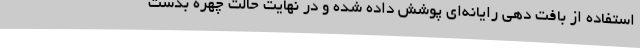
استفاده از بافت دهی رایانه‌ای پوشش داده شده و در نهایت حالت چهره بدست